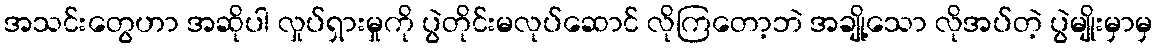
အသင်းတွေဟာ အဆိုပါ လှုပ်ရှားမှုကို ပွဲတိုင်းမလုပ်ဆောင် လိုကြတော့ဘဲ အချို့သော လိုအပ်တဲ့ ပွဲမျိုးမှာမှ